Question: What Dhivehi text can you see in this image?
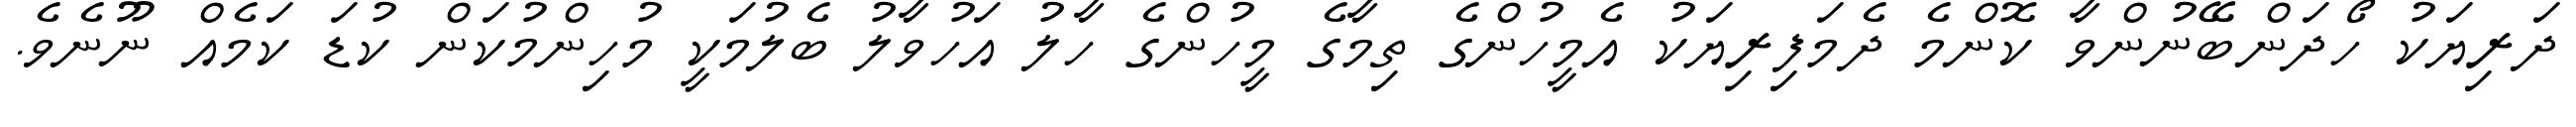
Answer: ދަރިޔަކު ހޯދަންބޭނުންވާ ކޮންމެ ދެމަފިރިޔަކު އެމީހުންގެ ތިމާގެ މީހުންގެ ހާލު އަހުވާލު ބެލުމަކީ މުހިންމުކަން ކުޑަ ކަމެއް ނޫނެވެ.